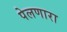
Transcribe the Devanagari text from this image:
पेलणारा